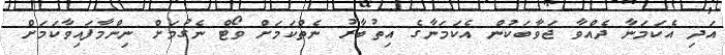
އަދި އެކަމަނާ ދެއްވާ ޖަވާބަކުން އެކަމަނާގެ އިތުބާރު ނެތްކަމަށް ވޯޓް ނެގުމަށް ނިންމާފައިވާކަމަށް